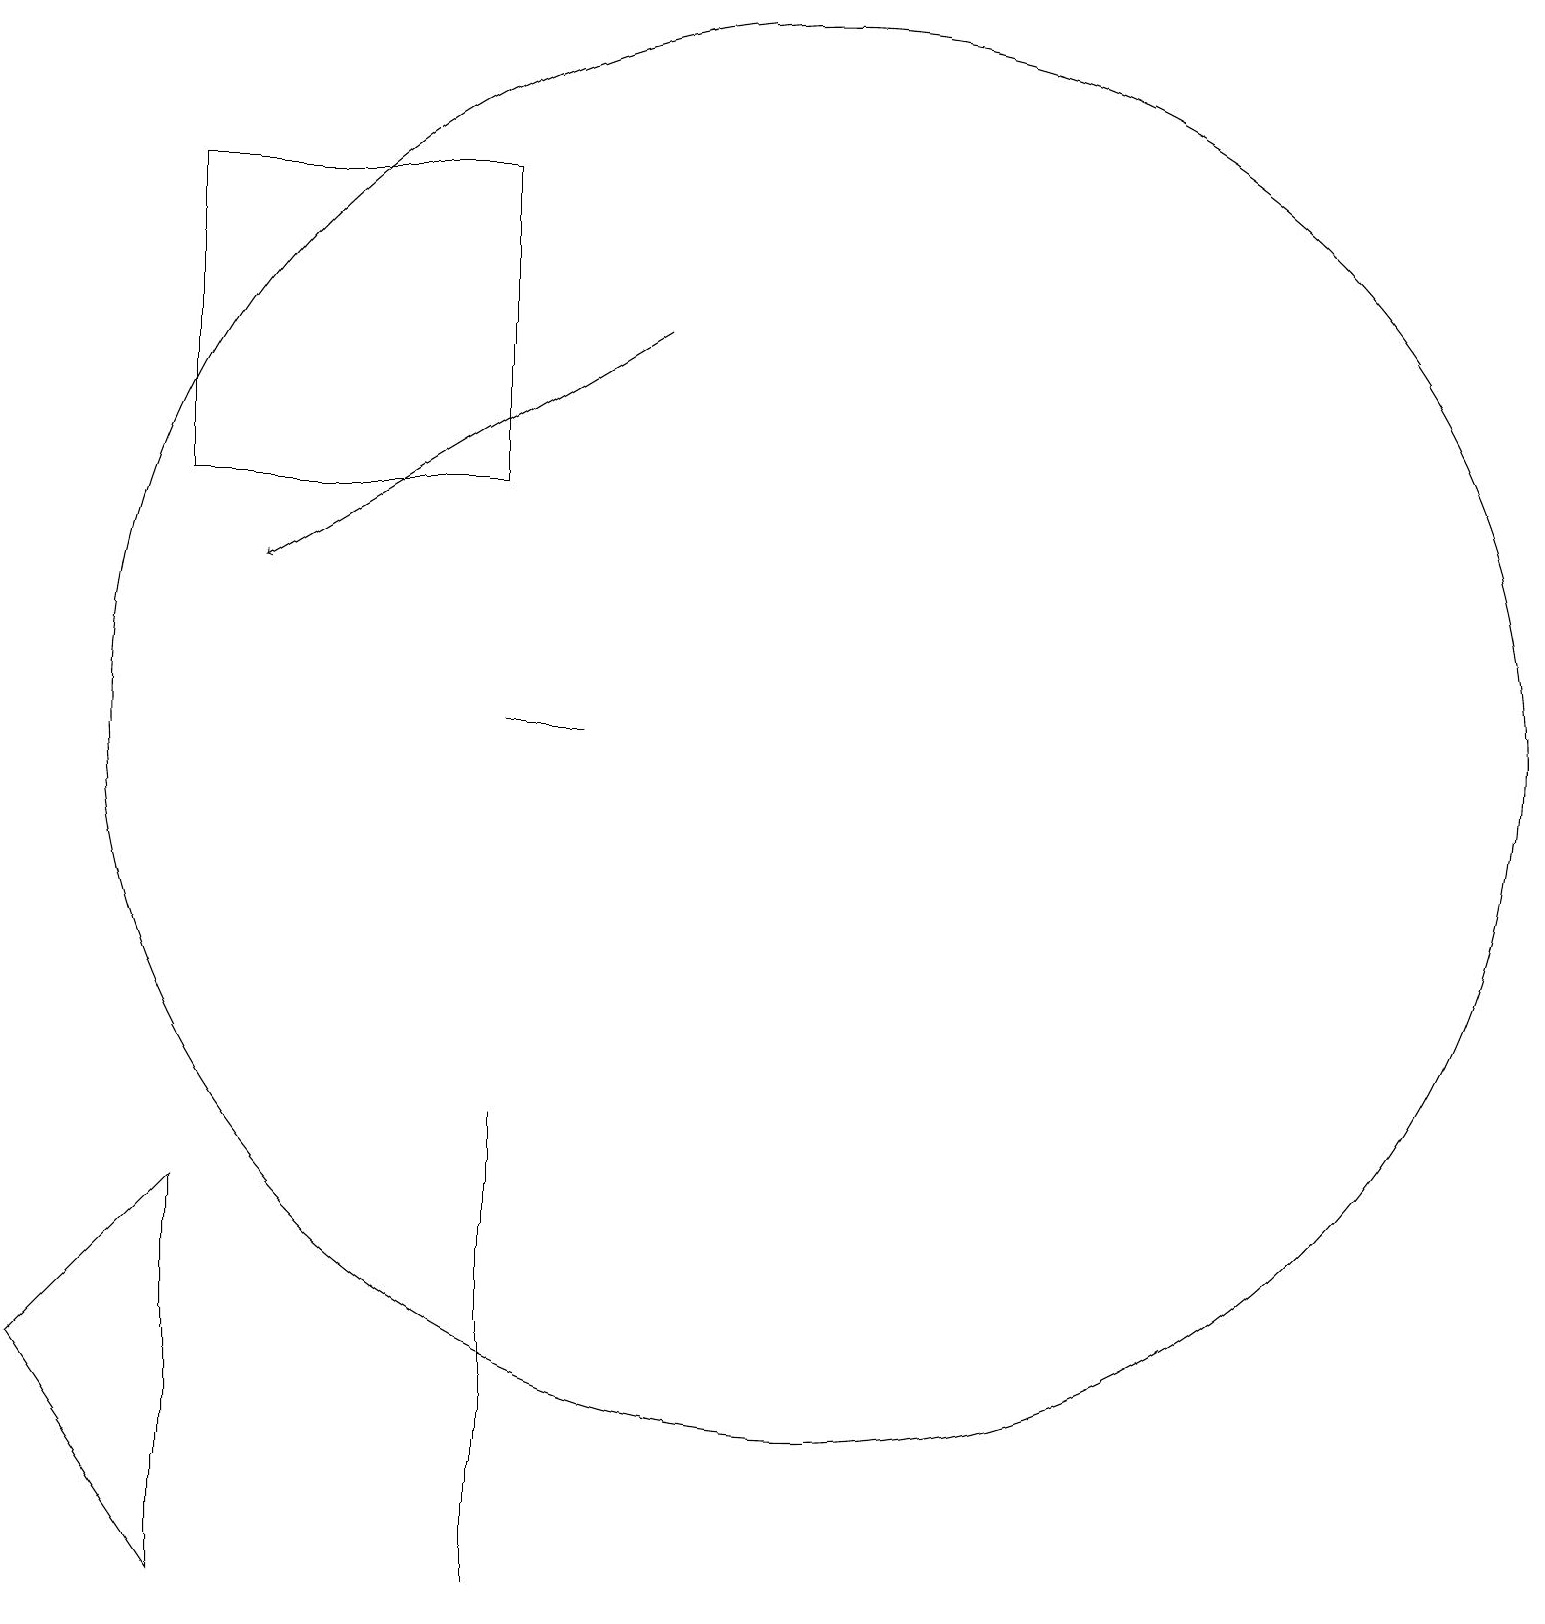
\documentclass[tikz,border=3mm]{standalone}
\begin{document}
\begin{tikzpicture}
\draw[->] (8,17) -- (3,14);
\draw (7,12) rectangle (6,12);
\draw (10,12) circle (9);
\draw (0,4) -- (2,1) -- (2,6) -- cycle;
\draw (6,3) -- (6,7) -- (6,1) -- cycle;
\draw (6,19) rectangle (2,15);
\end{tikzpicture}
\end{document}